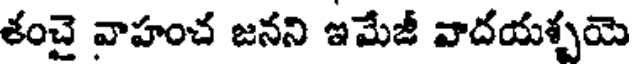
తంచై వాహంచ జనని ఇమేజీ వాదయశ్చయె